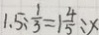
1 . 5 : \frac { 1 } { 3 } = 1 \frac { 4 } { 5 } : x